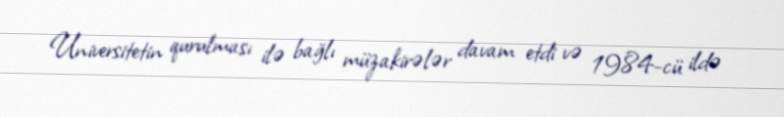
Universitetin qurulması ilə bağlı müzakirələr davam etdi və 1984-cü ildə